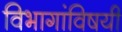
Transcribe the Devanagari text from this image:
विभागांविषयी